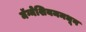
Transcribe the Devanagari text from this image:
मॅग्नेशियममधून